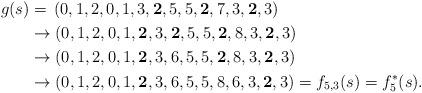
LaTeX: \begin{align*}g(s)&=\,(0,1,2,0,1,3,{\bf 2},5,5,{\bf 2},7,3,{\bf 2},3)\\&\rightarrow (0,1,2,0,1,{\bf 2},3,{\bf 2},5,5,{\bf 2},8,3,{\bf 2},3)\\&\rightarrow (0,1,2,0,1,{\bf 2},3,6,5,5,{\bf 2},8,3,{\bf 2},3)\\&\rightarrow (0,1,2,0,1,{\bf 2},3,6,5,5,8,{6},3,{\bf 2},3)=f_{5,3}(s)=f_5^*(s).\end{align*}